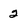
Character: 2